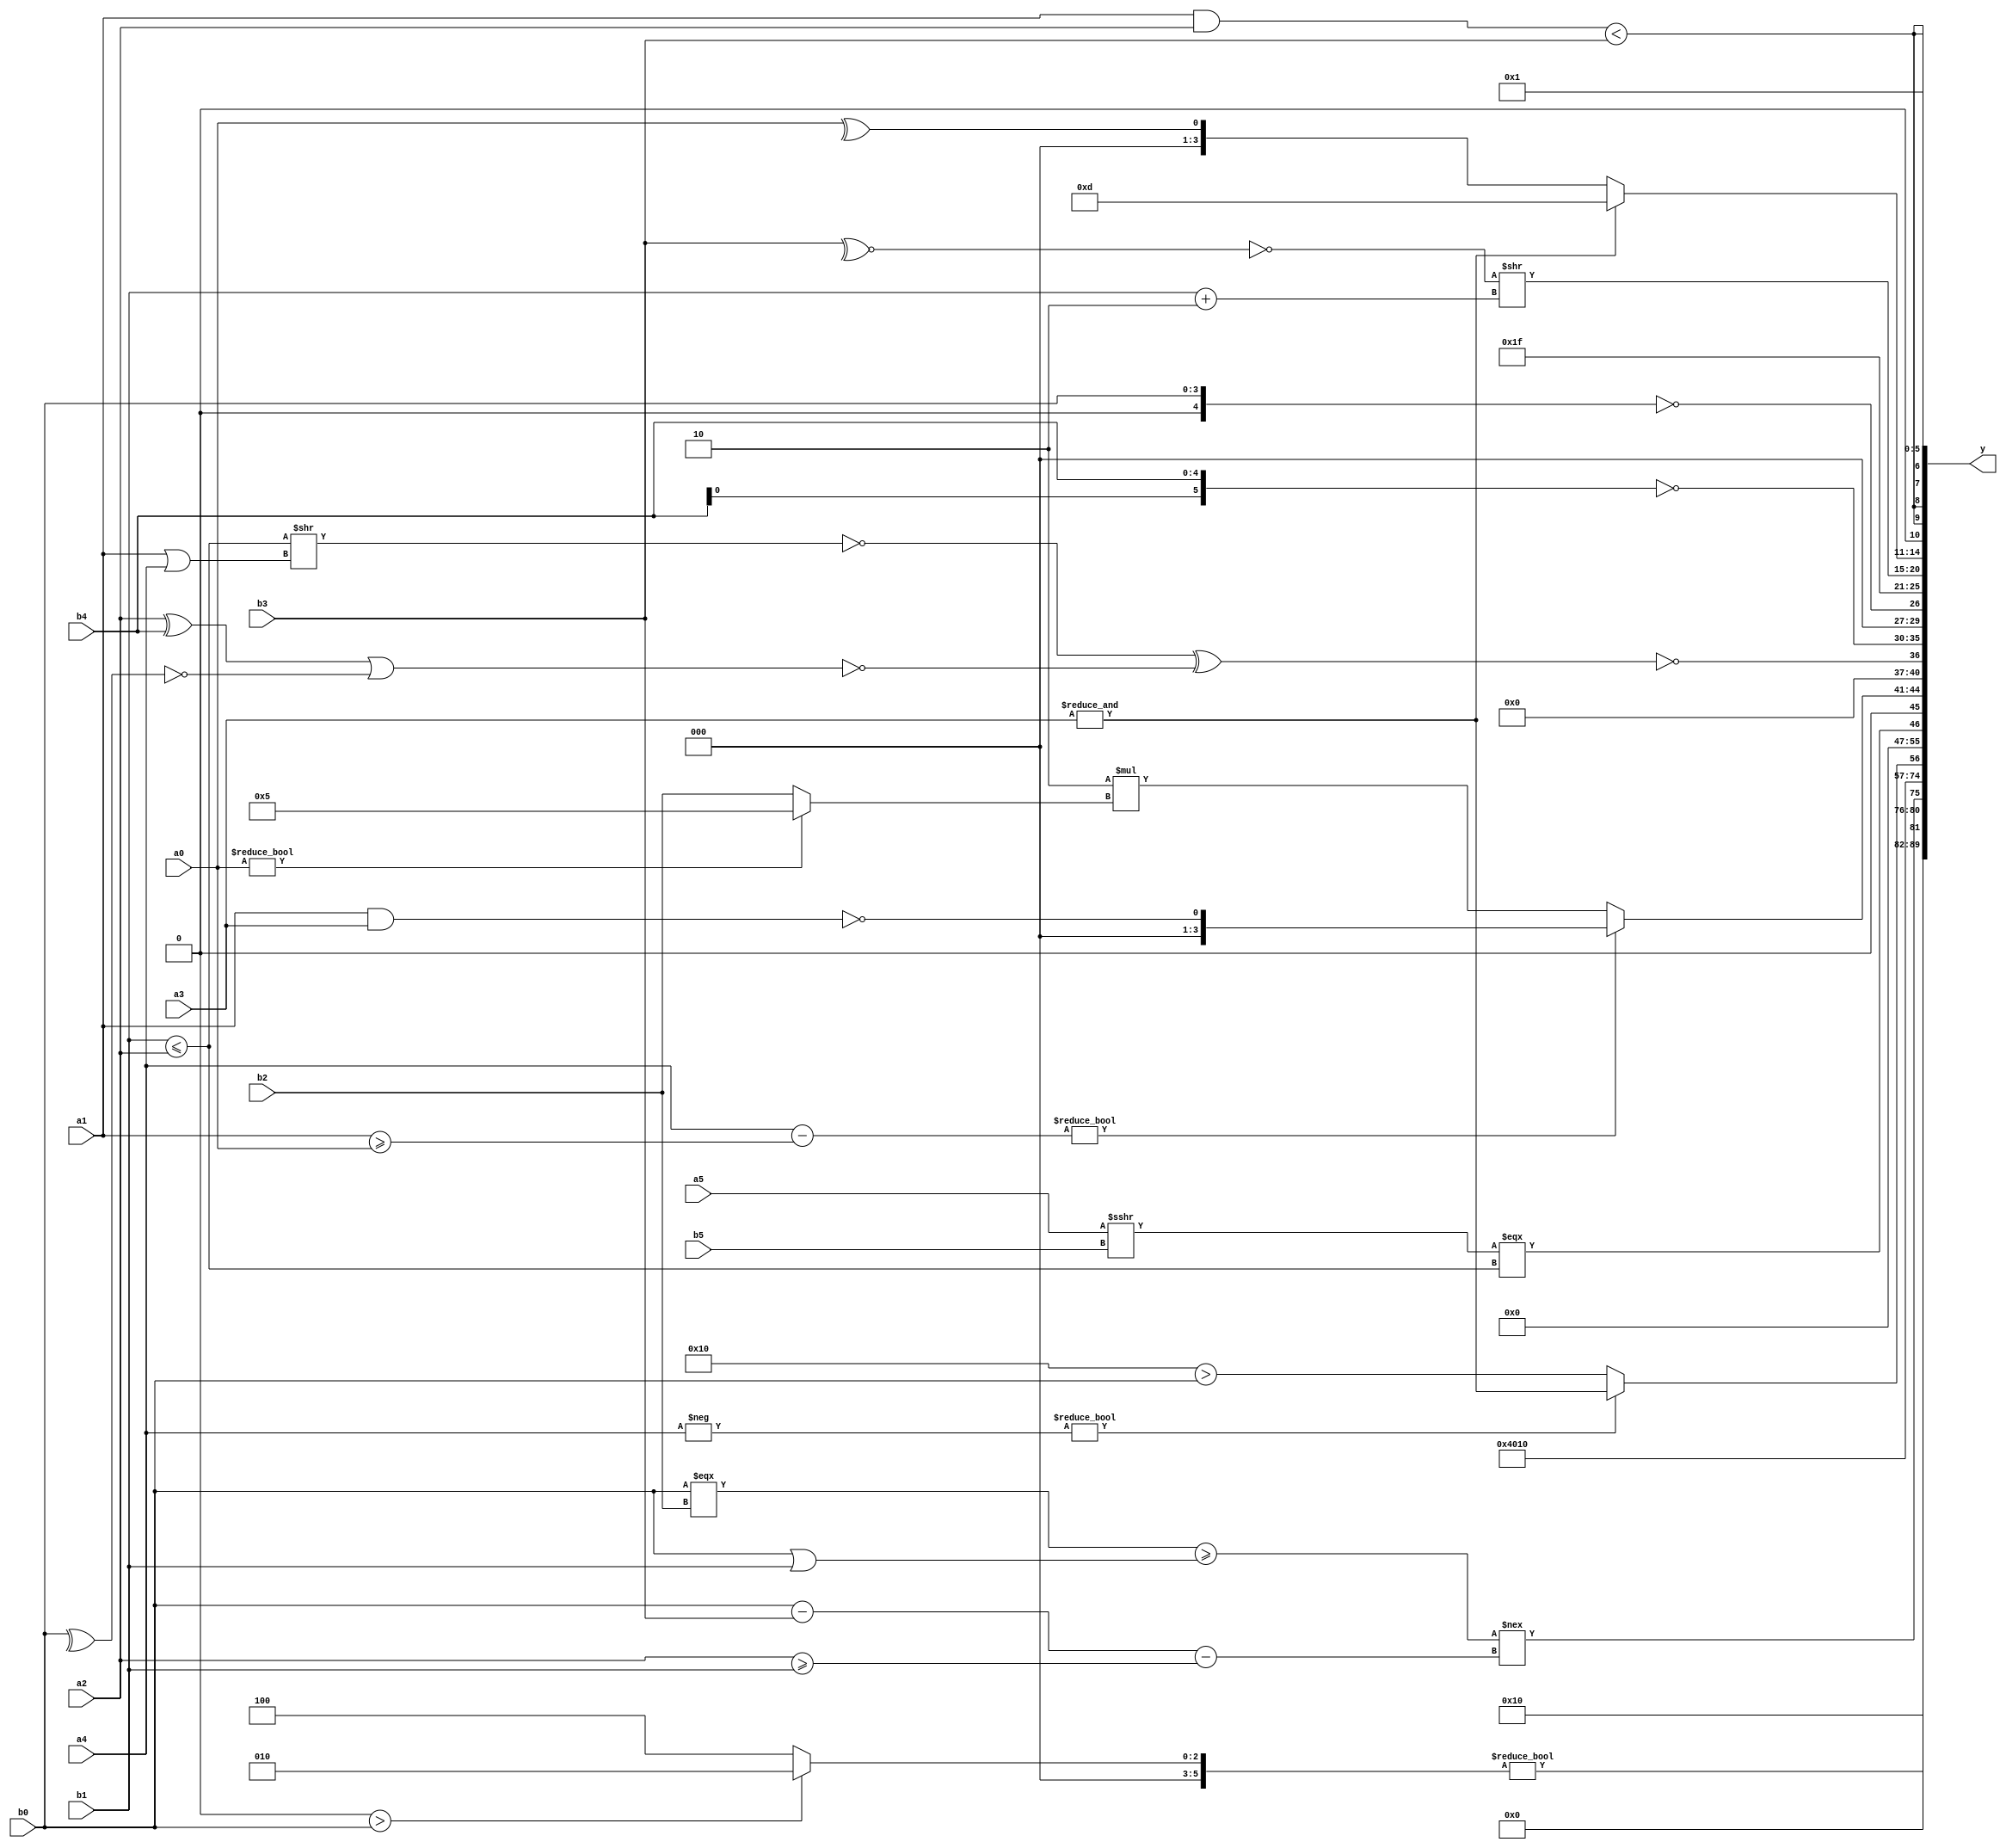
module expression_00591(a0, a1, a2, a3, a4, a5, b0, b1, b2, b3, b4, b5, y);
  input [3:0] a0;
  input [4:0] a1;
  input [5:0] a2;
  input signed [3:0] a3;
  input signed [4:0] a4;
  input signed [5:0] a5;

  input [3:0] b0;
  input [4:0] b1;
  input [5:0] b2;
  input signed [3:0] b3;
  input signed [4:0] b4;
  input signed [5:0] b5;

  wire [3:0] y0;
  wire [4:0] y1;
  wire [5:0] y2;
  wire signed [3:0] y3;
  wire signed [4:0] y4;
  wire signed [5:0] y5;
  wire [3:0] y6;
  wire [4:0] y7;
  wire [5:0] y8;
  wire signed [3:0] y9;
  wire signed [4:0] y10;
  wire signed [5:0] y11;
  wire [3:0] y12;
  wire [4:0] y13;
  wire [5:0] y14;
  wire signed [3:0] y15;
  wire signed [4:0] y16;
  wire signed [5:0] y17;

  output [89:0] y;
  assign y = {y0,y1,y2,y3,y4,y5,y6,y7,y8,y9,y10,y11,y12,y13,y14,y15,y16,y17};

  localparam [3:0] p0 = (({{(-3'sd1)}}==={(-3'sd3),(3'd1),(5'd7)})||(((3'sd3)&&(-3'sd1))<((4'd11)+(2'sd1))));
  localparam [4:0] p1 = (4'd2);
  localparam [5:0] p2 = ({1{((-4'sd3)?(2'sd1):(-5'sd6))}}?{1{{2{{4{(4'sd7)}}}}}}:(((2'sd1)?(2'd0):(2'sd0))?{2{(4'd6)}}:((4'd6)?(-3'sd0):(5'sd13))));
  localparam signed [3:0] p3 = {4{(-5'sd12)}};
  localparam signed [4:0] p4 = {4{(5'd7)}};
  localparam signed [5:0] p5 = (((3'd1)?(5'sd8):(2'sd1))<=((4'd2 * (2'd2))===((2'sd1)<(-5'sd5))));
  localparam [3:0] p6 = ((-2'sd0)>>>((5'd2 * (2'd0))-((2'd1)>>(5'sd5))));
  localparam [4:0] p7 = {((5'd2 * ((3'd6)||(5'd8)))>>>(&{(+(2'sd0)),(+(4'd7)),(|(2'd1))}))};
  localparam [5:0] p8 = (((&{(-4'sd5),(5'sd8),(-5'sd3)})<=((4'd8)&&(2'd1)))||{{(5'd25),(5'd6),(5'd12)},(+{(4'sd1),(-3'sd1),(5'sd10)})});
  localparam signed [3:0] p9 = (5'd20);
  localparam signed [4:0] p10 = (+{((-5'sd12)?(-4'sd5):(2'd3)),((4'd6)<<(5'd17))});
  localparam signed [5:0] p11 = (2'd0);
  localparam [3:0] p12 = {{((|(~&(3'sd0)))<<((3'd7)>>(2'd2))),(~^(~{((5'd6)^~(4'd0)),(|(3'd6))}))}};
  localparam [4:0] p13 = ((+{1{(-4'sd4)}})?{1{(3'd5)}}:{1{(+(4'sd6))}});
  localparam [5:0] p14 = (2'sd1);
  localparam signed [3:0] p15 = (2'd3);
  localparam signed [4:0] p16 = (({(-2'sd1),(3'd4),(4'd8)}-{((5'sd10)&(4'd11))})^(((5'd19)^(5'sd4))?((4'sd6)?(3'd0):(3'sd1)):((-5'sd15)?(2'd1):(3'sd3))));
  localparam signed [5:0] p17 = (5'd5);

  assign y0 = {{(~&b4)},{3{p8}}};
  assign y1 = (((p6>b0)?(p14+p8):(p2?p9:p8))!=((p3?p12:p9)>=(~(!(~|p2)))));
  assign y2 = (((b0===b2)>=(b0|b1))!==((b0-b3)-(a2>=b1)));
  assign y3 = (((2'sd0)?(p12?b2:p8):(p15))?((~^(p9|p16))|((p1&&p0))):(5'd21));
  assign y4 = (^(3'sd0));
  assign y5 = (3'sd2);
  assign y6 = ($signed((-a4))?(&$unsigned(a3)):(p10>b0));
  assign y7 = (p11>=p17);
  assign y8 = {{((2'sd0)<(3'd0)),((a5>>>b5)===(b1<=a2)),(!(4'd5))}};
  assign y9 = (((+a4)-(a1>=a0))?(~^(a1&&a3)):(5'd2 * (a0?p13:b2)));
  assign y10 = (&(~^(&((~^((|(b1<=a2))>>(a1|a4)))^(&(!((a2^b4)|(~&(^b0)))))))));
  assign y11 = (~{4{b4}});
  assign y12 = (!(p6?b4:b0));
  assign y13 = {3{(4'd15)}};
  assign y14 = ((~^(~^b3))>>(b1+p1));
  assign y15 = {2{((~&a3)?(^a0):(5'sd13))}};
  assign y16 = {{4{((a1&&a2)<(p6?b4:b3))}}};
  assign y17 = (~&(5'sd11));
endmodule